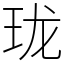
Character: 珑